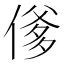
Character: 𬿇